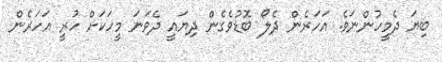
ބިޔަ ދެމީހުންނަވެ. އަހަރެން ދެލޯ ބޮޑުވެގެން ދިޔައީ ދެވަނަ މީހަކަށް ހުރީ އަހަރެން